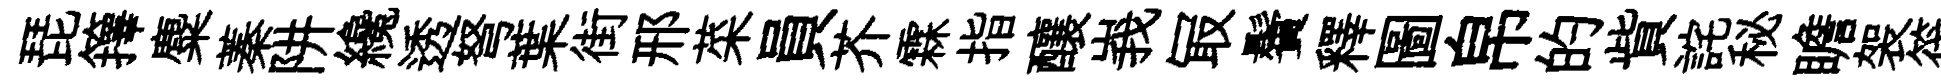
琵籜麋蓁阱纔透弩葉街邢菜員芥霖指釀峩冣鬢釋圖帛的貲詫秘瞻袈筏